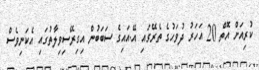
ކުރިއަށް އޮތް 20 އަހަރު ދުވަހުގެ ތެރޭގައި އޭ.އައިގެ ސަބަބުން އިގިރޭސިވިލާތުގައި އެކަނިވެސް